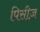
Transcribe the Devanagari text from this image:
पिसीज़